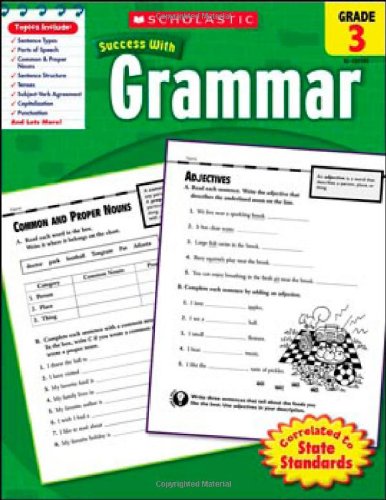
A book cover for Scholastic Success With: Grammar, Grade 3 (Scholastic Success with Workbooks: Grammar); Scholastic; Test Preparation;